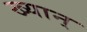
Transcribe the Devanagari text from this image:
ख्यान्